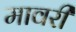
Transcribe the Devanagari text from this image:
मावरी